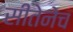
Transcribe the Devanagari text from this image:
सीतेनेच